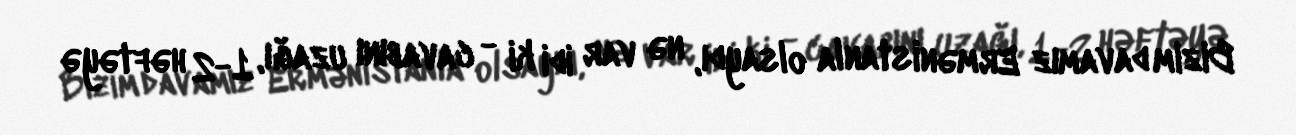
Bizim davamız Ermənistanla olsaydı, nə var idi ki - cavabını uzağı, 1-2 həftəyə